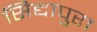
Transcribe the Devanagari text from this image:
सिद्दापुरा